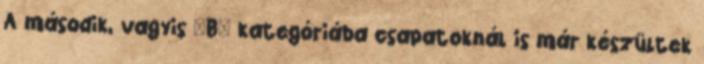
A második, vagyis "B" kategóriába csapatoknál is már készültek